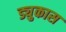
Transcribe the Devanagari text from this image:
ड्युकास